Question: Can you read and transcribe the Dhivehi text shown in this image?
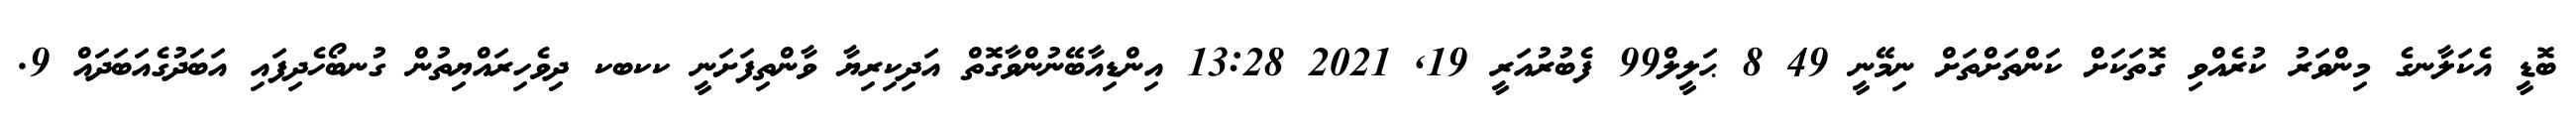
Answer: ބޮޑީ އެކަލާނގެ މިންވަރު ކުރެއްވި ގޮތަކަށް ކަންތަށްތަށް ނިމޭނީ 49 8 ޙަލީލް99 ފެބުރުއަރީ 19, 2021 13:28 އިންޑިއާބޭނުންވާގޮތް އަދިކިރިޔާ ވާންތިފަށަނީ ކކބކ ދިވެހިރައްޔިތުން ގުނބޯހެދިފައި އަބަދުގެއަބަދައް 9.